画像に写った文字を読んでください
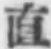
「直」と書いてあります